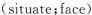
(situate;face)